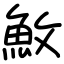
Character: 䰻